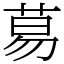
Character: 䓪